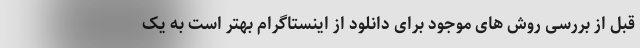
قبل از بررسی روش های موجود برای دانلود از اینستاگرام بهتر است به یک